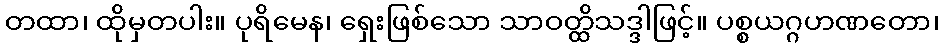
တထာ၊ ထိုမှတပါး။ ပုရိမေန၊ ရှေးဖြစ်သော သာဝတ္ထိသဒ္ဒါဖြင့်။ ပစ္စယဂ္ဂဟဏတော၊